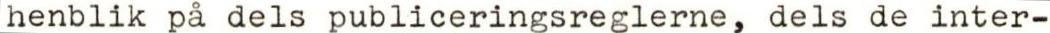
henblik på dels publiceringsreglerne, dels de inter-